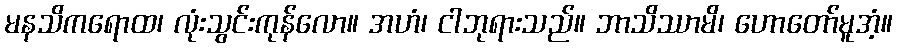
မနသိကရောထ၊ လုံးသွင်းကုန်လော။ အဟံ၊ ငါဘုရားသည်။ ဘာသိဿာမိ၊ ဟောတော်မူအံ့။